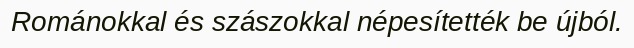
Románokkal és szászokkal népesítették be újból.